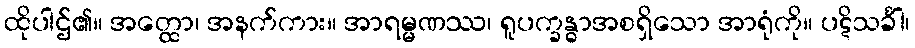
ထိုပါဌ်၏။ အတ္ထော၊ အနက်ကား။ အာရမ္မဏဿ၊ ရူပက္ခန္ဓာအစရှိသော အာရုံကို။ ပဋိသင်္ခါ၊